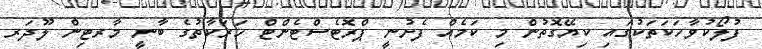
ފުލޯކުވާހަކަތަކުގައި ކިޔޭގޮތުން މި ކަމެއް ފެށުނީ ޕްރޮޓެސްޓެންޓް ހަރަކާތުގެ ބާނީ މާރޓިން ލޫދަރ